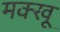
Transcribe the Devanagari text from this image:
मक्खू